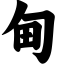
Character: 甸